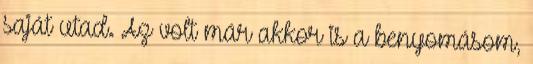
saját utad. Az volt már akkor is a benyomásom,